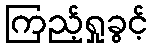
ကြည့်ရှုခွင့်